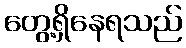
တွေ့ရှိနေရသည်